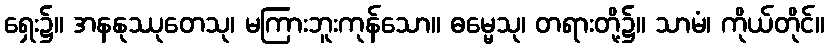
ရှေး၌။ အနနုဿုတေသု၊ မကြားဘူးကုန်သော။ ဓမ္မေသု၊ တရားတို့၌။ သာမံ၊ ကိုယ်တိုင်။